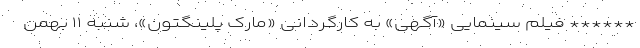
****** فیلم سینمایی «آگهی» به کارگردانی «مارک پلینگتون»، شنبه ۱۱ بهمن